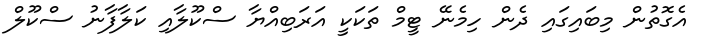
އެގޮތުން މިބައިގައި ދެން ހިމެނޭ ޓީމް ތަކަކީ އަރަބިއްޔާ ސްކޫލާއި ކަލާފާނު ސްކޫލް